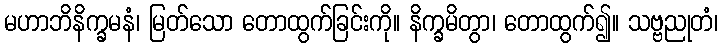
မဟာဘိနိက္ခမနံ၊ မြတ်သော တောထွက်ခြင်းကို။ နိက္ခမိတွာ၊ တောထွက်၍။ သဗ္ဗညုတံ၊